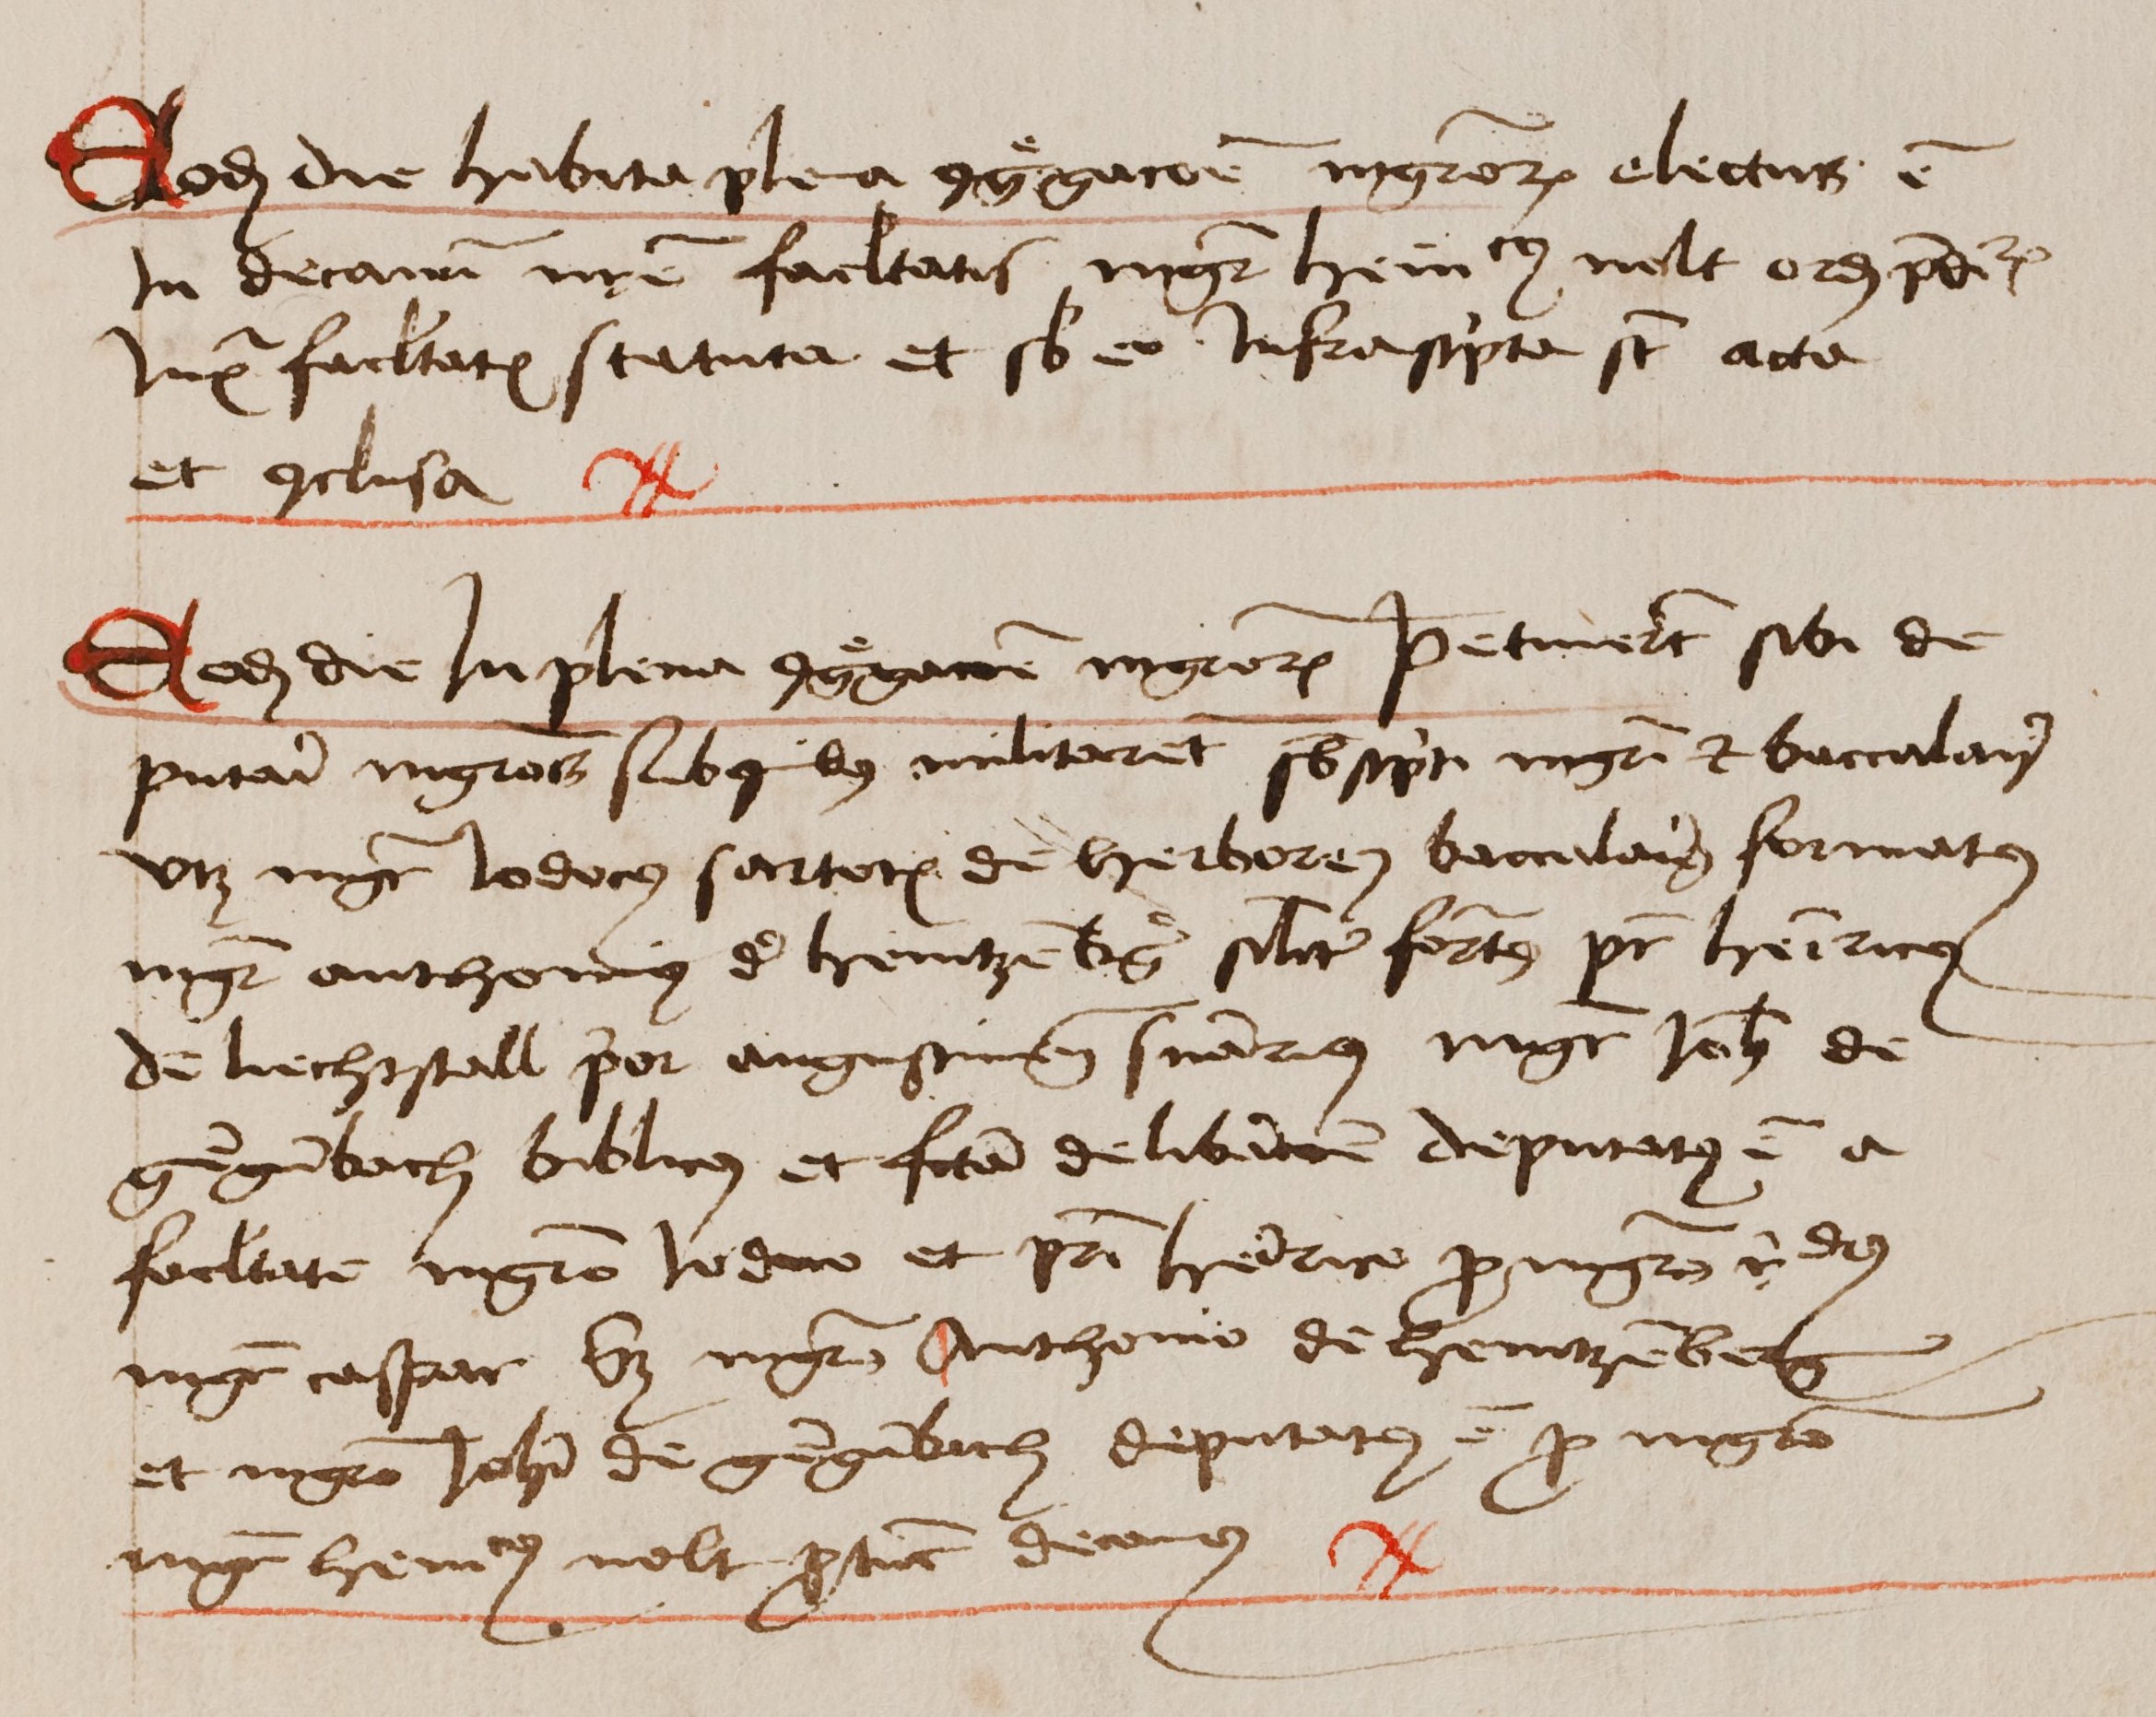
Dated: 1462–1740